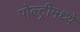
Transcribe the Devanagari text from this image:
पोल्ट्रीमध्ये